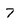
Character: 7